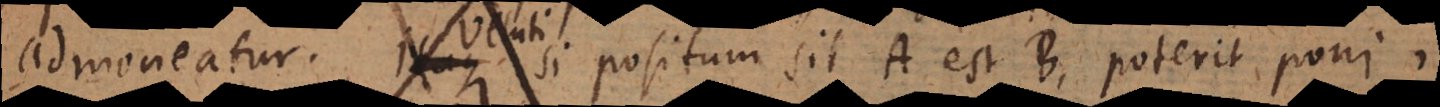
admoneatur. Veluti si positum sit A est B, poterit poni,